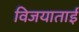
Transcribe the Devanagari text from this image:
विजयाताई